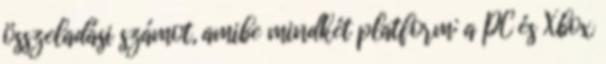
összeladási számot, amibe mindkét platform: a PC és Xbox